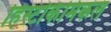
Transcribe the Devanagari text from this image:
हिस्टोकेमिकल